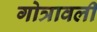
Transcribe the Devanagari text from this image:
गोत्रावली